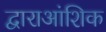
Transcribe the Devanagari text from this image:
द्वाराआंशिक